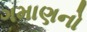
ગમાણનો